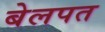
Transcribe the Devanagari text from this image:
बेलपत